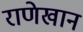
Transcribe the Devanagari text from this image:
राणेखान